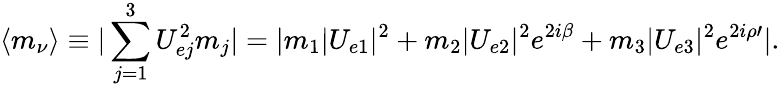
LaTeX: \langle m_{\nu}\rangle\equiv|\sum_{j=1}^{3}U_{ej}^{2}m_{j}|=|m_{1}|U_{e1}|^{2}+m_{2}|U_{e2}|^{2}e^{2i\beta}+m_{3}|U_{e3}|^{2}e^{2i\rho\prime}|.